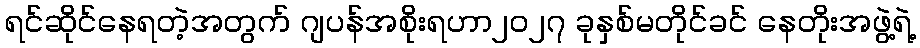
ရင်ဆိုင်နေရတဲ့အတွက် ဂျပန်အစိုးရဟာ၂၀၂၇ ခုနှစ်မတိုင်ခင် နေတိုးအဖွဲ့ရဲ့